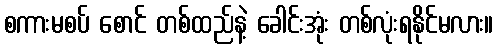
စကားမစပ် စောင် တစ်ထည်နဲ့ ခေါင်းအုံး တစ်လုံးရနိုင်မလား။